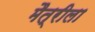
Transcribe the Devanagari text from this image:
मैत्रीला